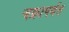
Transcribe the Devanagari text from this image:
चक्रापर्यंत